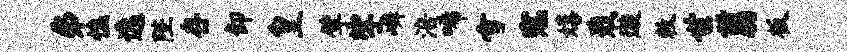
弗憔逸陛存卸皇擘挲嶙涪唏雪寇嬉戢璇敕世翦板